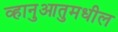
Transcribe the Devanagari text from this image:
व्हानुआतुमधील